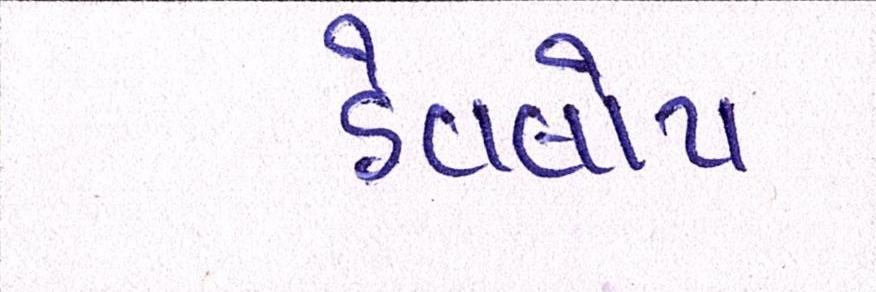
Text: ડેવલોપ